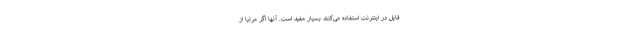
فایل در اینترنت استفاده می‌کنند بسیار مفید است. آنها اگر مرتباً از